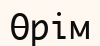
Өрім